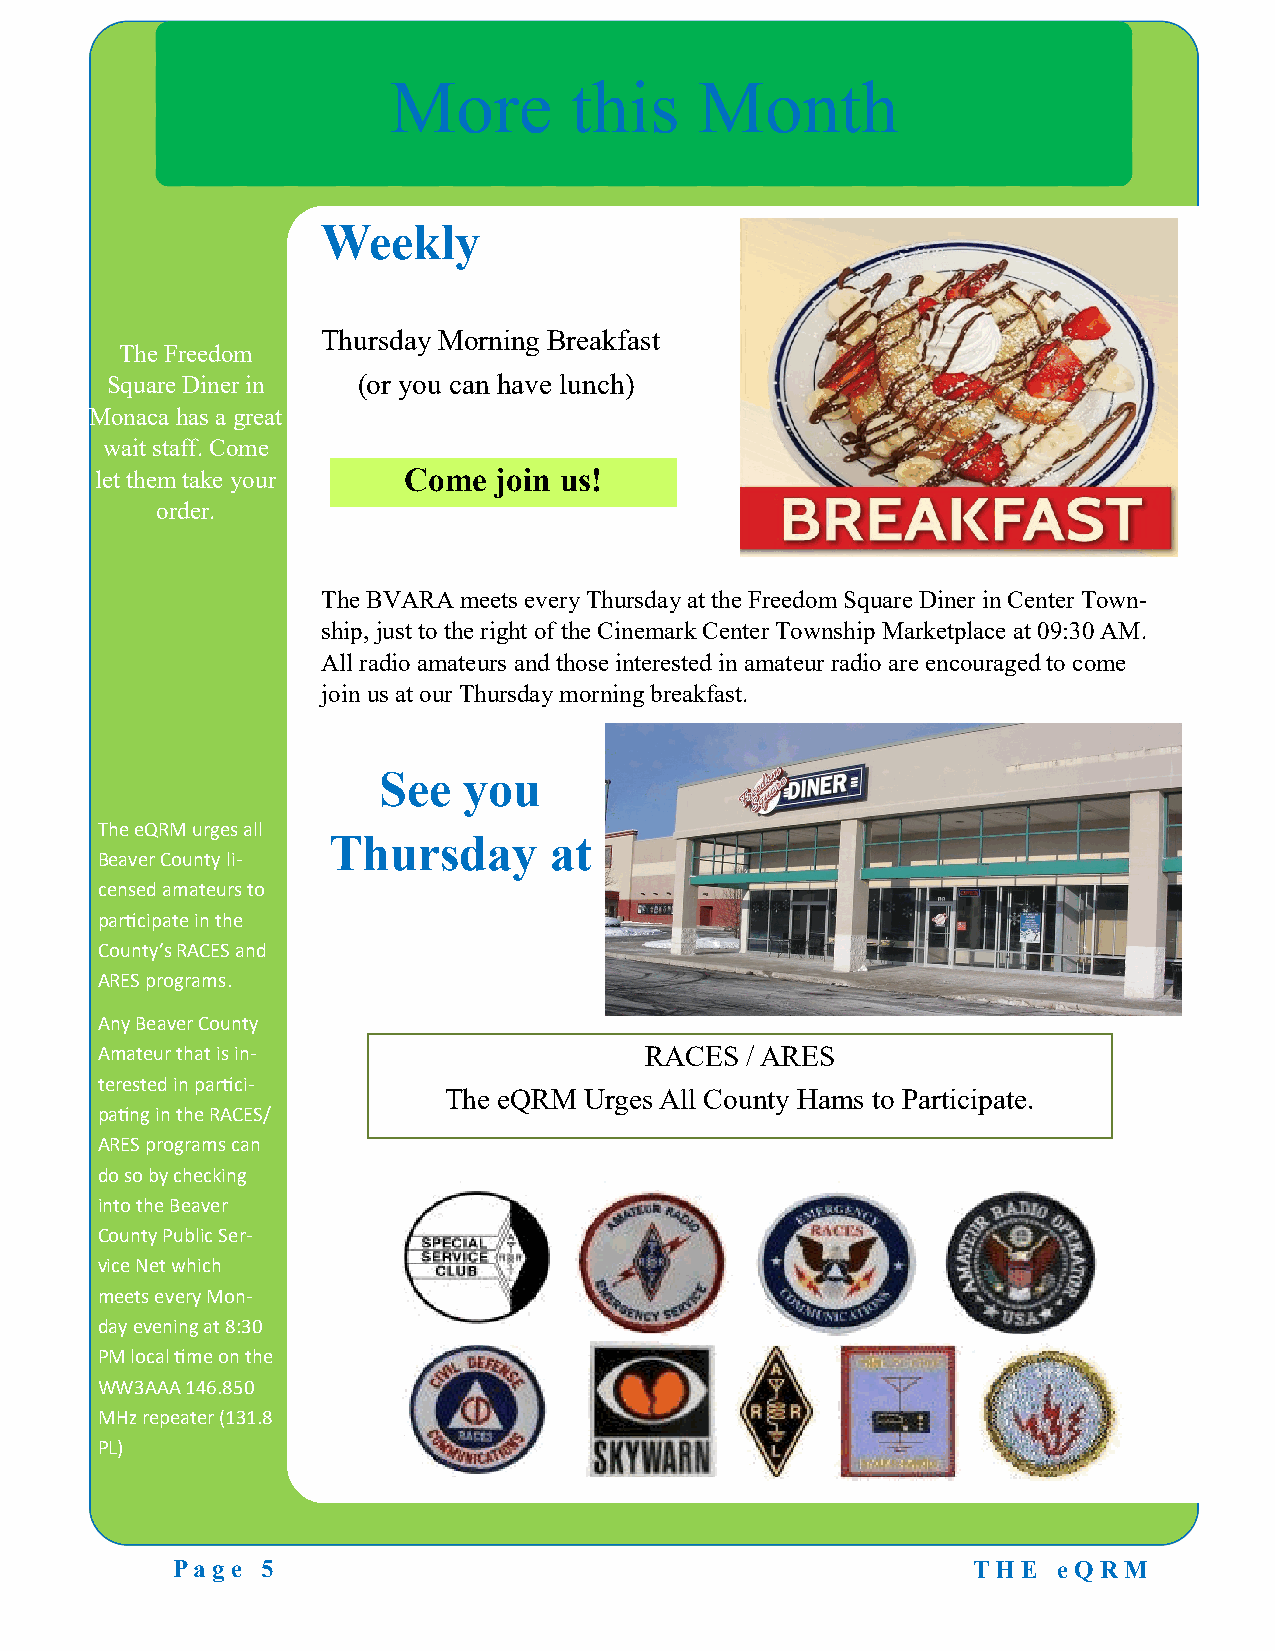
More        this    Month
 Weekly
 Thursday Morning Breakfast
 The Freedom
 Square Diner in  (or you can have lunch)
 Monaca has a great
 wait staff. Come
 let them take your   Come  join us!
 order.
 The BVARA meets every Thursday at the Freedom Square Diner in Center Town-
 ship, just to the right of the Cinemark Center Township Marketplace at 09:30 AM.
 All radio amateurs and those interested in amateur radio are encouraged to come
 join us at our Thursday morning breakfast.
 See   you
 The eQRM urges all
 Thursday      at
 Beaver County li-
 censed amateurs to
 participate in the
 County’s RACES and
 ARES programs.
 Any Beaver County
 Amateur that is in-                  RACES / ARES
 terested in partici-
 The eQRM  Urges All County Hams to Participate.
 pating in the RACES/
 ARES programs can
 do so by checking
 into the Beaver
 County Public Ser-
 vice Net which
 meets every Mon-
 day evening at 8:30
 PM local time on the
 WW3AAA 146.850
 MHz repeater (131.8
 PL)
 Page  5                                              T H E eQ RM